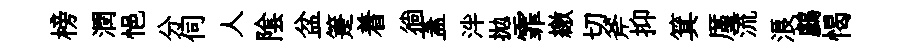
榜潤悒分伺人隂盆箑着徜蓋泮拋霏繳切斧抑箕厪流浪鸕愒